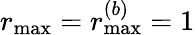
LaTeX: r_{\operatorname*{max}}=r_{\operatorname*{max}}^{(b)}=1